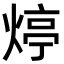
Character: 㷚